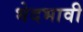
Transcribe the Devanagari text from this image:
भेदभावी